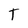
Character: T